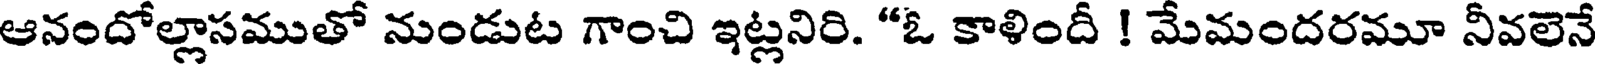
ఆనందోల్లాసముతో నుండుట గాంచి ఇట్లనిరి. "ఓ కాళిందీ ! మేమందరమూ నీవలెనే